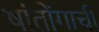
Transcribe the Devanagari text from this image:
षांतोंगाची